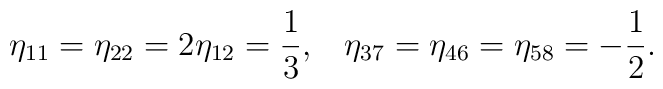
\eta_{11}=\eta_{22}=2\eta_{12}=\frac{1}{3},\;\;\;\eta_{37}=\eta_{46}=\eta_{58}=-\frac{1}{2}.